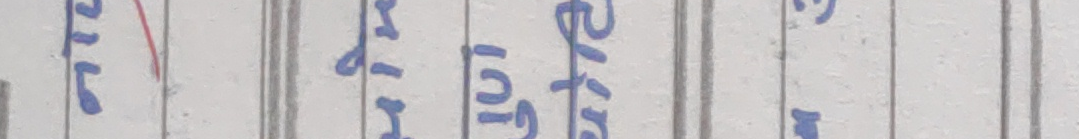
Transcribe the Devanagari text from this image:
तिल गई खुसी जिंदगी